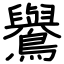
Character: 鸒